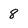
Character: 8